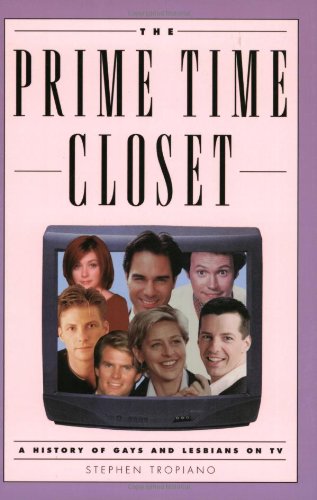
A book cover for The Prime Time Closet: A History of Gays and Lesbians on TV; Stephen Tropiano; Literature & Fiction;